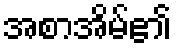
အစာအိမ်၏